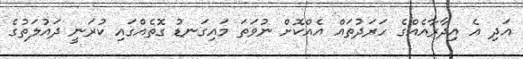
އަދި އެ އިދާރާއެއްގެ ހަރަދުތައް އެއްކޮށް ނުވަތަ މައިގަނޑު ގޮތެއްގައި ކުރަނީ ދައުލަތުގެ